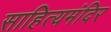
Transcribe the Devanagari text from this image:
साहित्यमंदिर